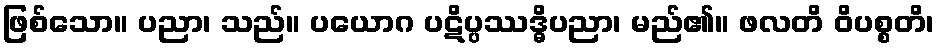
ဖြစ်သော။ ပညာ၊ သည်။ ပယောဂ ပဋိပ္ပဿဒ္ဓိပညာ၊ မည်၏။ ဖလတိ ဝိပစ္စတိ၊